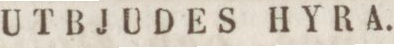
UTBJUDES HYRA.